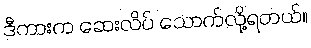
ဒီကားက ဆေးလိပ် သောက်လို့ရတယ်။